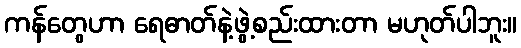
ကန်တွေဟာ ရေဓာတ်နဲ့ဖွဲ့စည်းထားတာ မဟုတ်ပါဘူး။